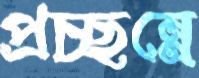
প্রচ্ছন্নে